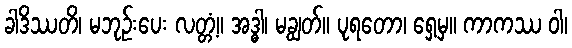
ခါဒိဿတိ၊ မဘုဉ်းပေး လတ္တံ့။ အဒ္ဓါ၊ မချွတ်။ ပုရတော၊ ရှေ့မှ။ ကာကဿ ဝါ၊